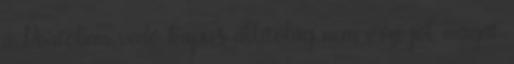
a Portóban védő kapus állítólag nem érzi jól magát